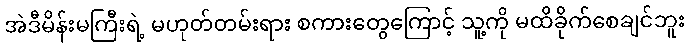
အဲဒီမိန်းမကြီးရဲ့ မဟုတ်တမ်းရား စကားတွေကြောင့် သူ့ကို မထိခိုက်စေချင်ဘူး